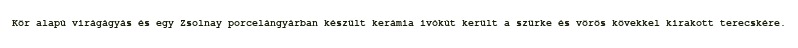
Kör alapú virágágyás és egy Zsolnay porcelángyárban készült kerámia ivókút került a szürke és vörös kövekkel kirakott terecskére.